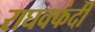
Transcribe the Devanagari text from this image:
राघवफंदी